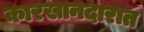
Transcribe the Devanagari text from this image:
कारखानदारात